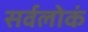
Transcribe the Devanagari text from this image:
सर्वलोकं